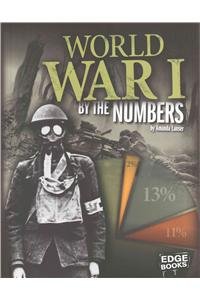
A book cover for World War I by the Numbers (America at War by the Numbers); Amanda Lanser; Children's Books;